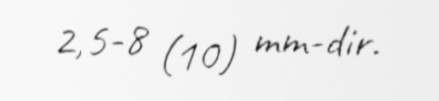
2,5-8 (10) mm-dir.